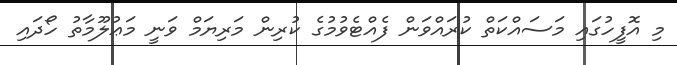
މި އޮފީހުގައި މަސައްކަތް ކުރައްވަން ފެއްޓެވުމުގެ ކުރިން މަރިޔަމް ވަނީ މަޢުލޫމާތު ހޯދައި